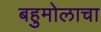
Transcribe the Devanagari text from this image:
बहुमोलाचा